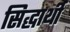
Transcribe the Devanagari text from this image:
सिद्धार्थी